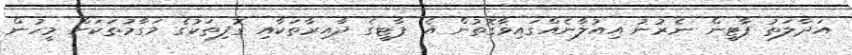
އަދާލަތު ޕާޓީން ނެރުނު އިއުލާނެއްގައިވާގޮތުން އެ ޕާޓީގެ ދާއިރާތަކާއި ގޮފިތަކުގެ މަގާމުތަކަށް މީހުން